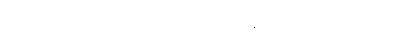
ဝေါဟာရမျှဖြင့်။ ဝေါဟရေယျ၊ ခေါ်ဝေါ်ရာ၏။ ဣတိ၊ ဤသို့။ (အဝေါစ၊